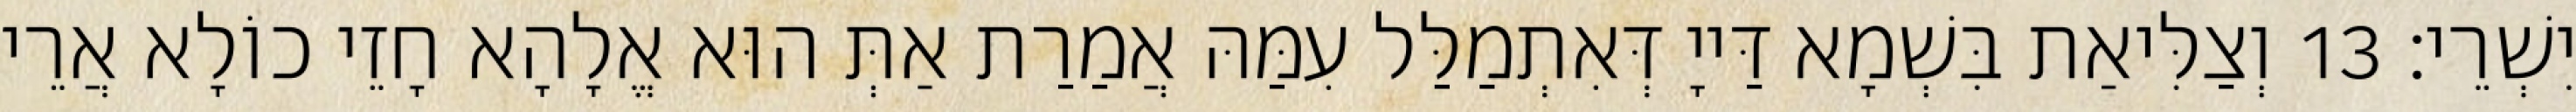
יִשְׁרֵי׃ 13 וְצַלִּיאַת בִּשְׁמָא דַּייָ דְּאִתְמַלַּל עִמַּהּ אֲמַרַת אַתְּ הוּא אֱלָהָא חָזֵי כוֹלָא אֲרֵי